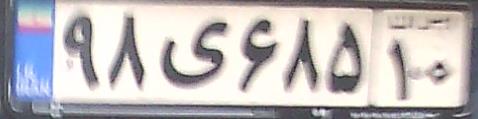
۹۸ی۶۸۵۱۰